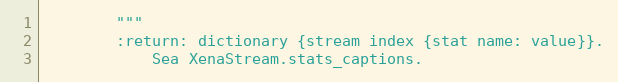
Language: Python
        """
        :return: dictionary {stream index {stat name: value}}.
            Sea XenaStream.stats_captions.